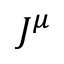
J ^ { \mu }